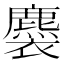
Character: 𧞯